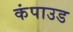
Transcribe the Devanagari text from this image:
कंपाउड